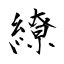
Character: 繚